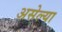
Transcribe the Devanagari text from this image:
असेल्या